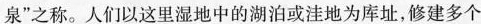
泉”之称。人们以这里湿地中的湖泊或洼地为库址，修建多个